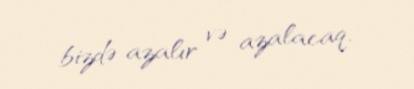
bizdə azalır və azalacaq.